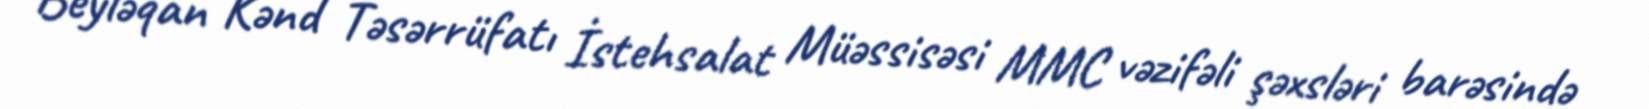
Beyləqan Kənd Təsərrüfatı İstehsalat Müəssisəsi MMC vəzifəli şəxsləri barəsində